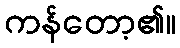
ကန်တော့၏။